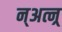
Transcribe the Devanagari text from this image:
न्अत्न्र्